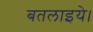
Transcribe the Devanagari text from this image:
बतलाइये।